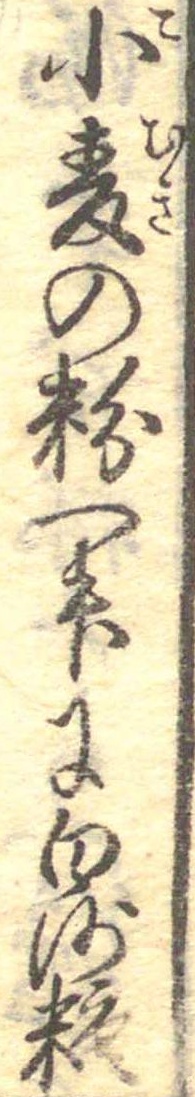
小麦の粉一升に白沙糖